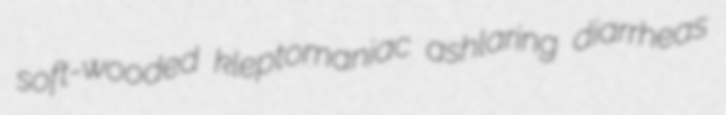
soft-wooded kleptomaniac ashlaring diarrheas